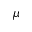
\mu